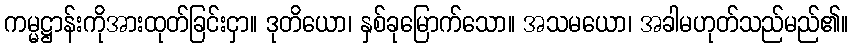
ကမ္မဋ္ဌာန်းကိုအားထုတ်ခြင်းငှာ။ ဒုတိယော၊ နှစ်ခုမြောက်သော။ အသမယော၊ အခါမဟုတ်သည်မည်၏။